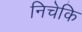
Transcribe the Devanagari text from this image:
निचेकि